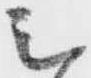
シ